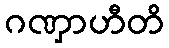
ဂဏှာဟီတိ